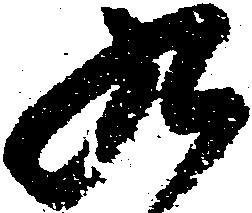
九